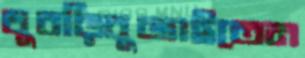
থুবড়িবুজাইতেন